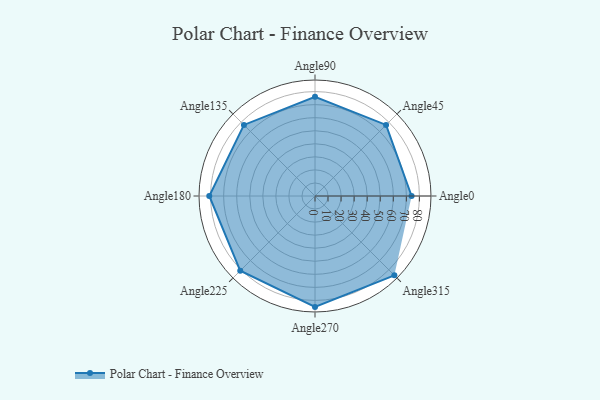
{"axis": {"x": "Angle", "y": "Radius"}, "legend": [""], "data": [{"x": "Angle0", "y": 74.0, "type": ""}, {"x": "Angle45", "y": 77.0, "type": ""}, {"x": "Angle90", "y": 76.0, "type": ""}, {"x": "Angle135", "y": 77.0, "type": ""}, {"x": "Angle180", "y": 81.0, "type": ""}, {"x": "Angle225", "y": 81.0, "type": ""}, {"x": "Angle270", "y": 85.0, "type": ""}, {"x": "Angle315", "y": 86.0, "type": ""}]}